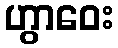
ဟွာဝေး